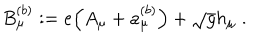
B _ { \mu } ^ { ( b ) } : = e \Big ( A _ { \mu } + a _ { \mu } ^ { ( b ) } \Big ) + \sqrt { g } h _ { \mu } \; .